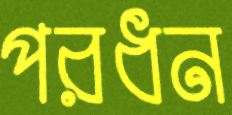
পরধন